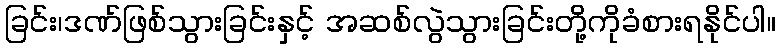
ခြင်း၊ဒဏ်ဖြစ်သွားခြင်းနှင့် အဆစ်လွဲသွားခြင်းတို့ကိုခံစားရနိုင်ပါ။